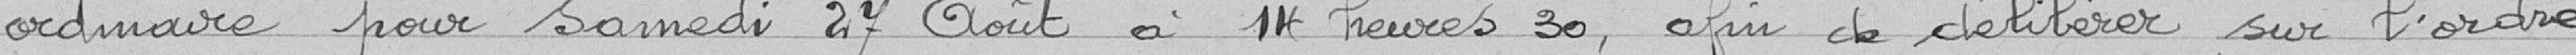
ordinaire pour samedi 27 août à 14 heures30, afin de délibérer sur l'ordre